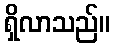
ရှိလာသည်။